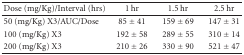
| Dose (mg/Kg)/Interval (hrs) | 1 hr | 1.5 hr | 2.5 hr |
 | --- | --- | --- | --- |
 | 50 (mg/Kg) X3/AUC/Dose | 85 ± 41 | 159 ± 69 | 147 ± 31 |
 | 100 (mg/Kg) X3 | 192 ± 58 | 289 ± 55 | 310 ± 14 |
 | 200 (mg/Kg) X3 | 210 ± 26 | 330 ± 90 | 521 ± 47 |